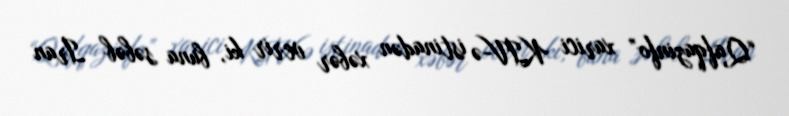
“Qafqazinfo” xarici KİV-ə istinadən xəbər verir ki, buna səbəb İran